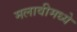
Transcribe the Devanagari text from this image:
मलावीमध्ये